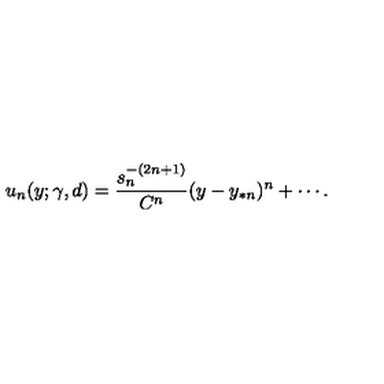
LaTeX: u _ { n } ( y ; \gamma , d ) = \frac { s _ { n } ^ { - ( 2 n + 1 ) } } { C ^ { n } } ( y - y _ { * n } ) ^ { n } + \cdots .